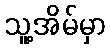
သူ့အိမ်မှာ